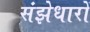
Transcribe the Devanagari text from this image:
संझेधारों